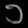
Digit: ၁